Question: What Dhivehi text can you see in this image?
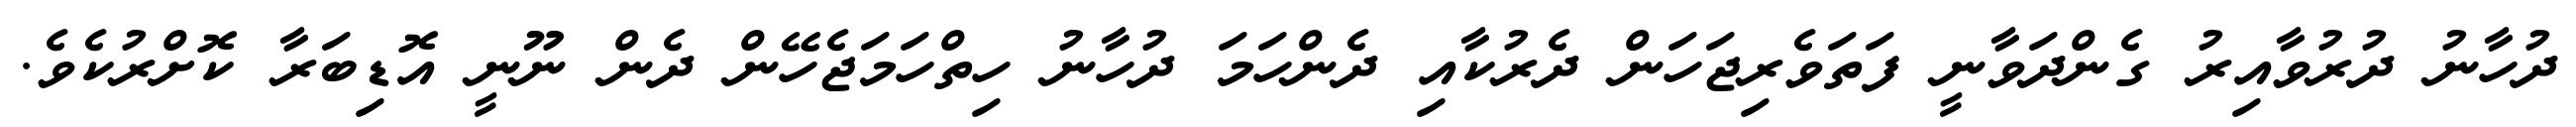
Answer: ދުހާނު ދުރުވާއިރު ގެންދަވާނީ ފަތަވެރިޖަހަން ދެރުކާއި ދެންހަމަ ދުހާނު ހިތްހަމަޖެހޭން ދެން ނޫނީ އޮޑިބަރާ ކޮށްރުކެވެ.